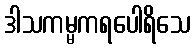
ဒါသကမ္မကရပေါရိသေ